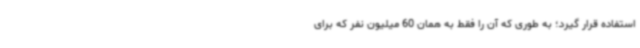
استفاده قرار گیرد؛ به طوری که آن را فقط به همان 60 میلیون نفر که برای